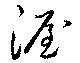
渥